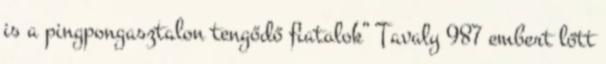
is a pingpongasztalon tengődő fiatalok” Tavaly 987 embert lőtt